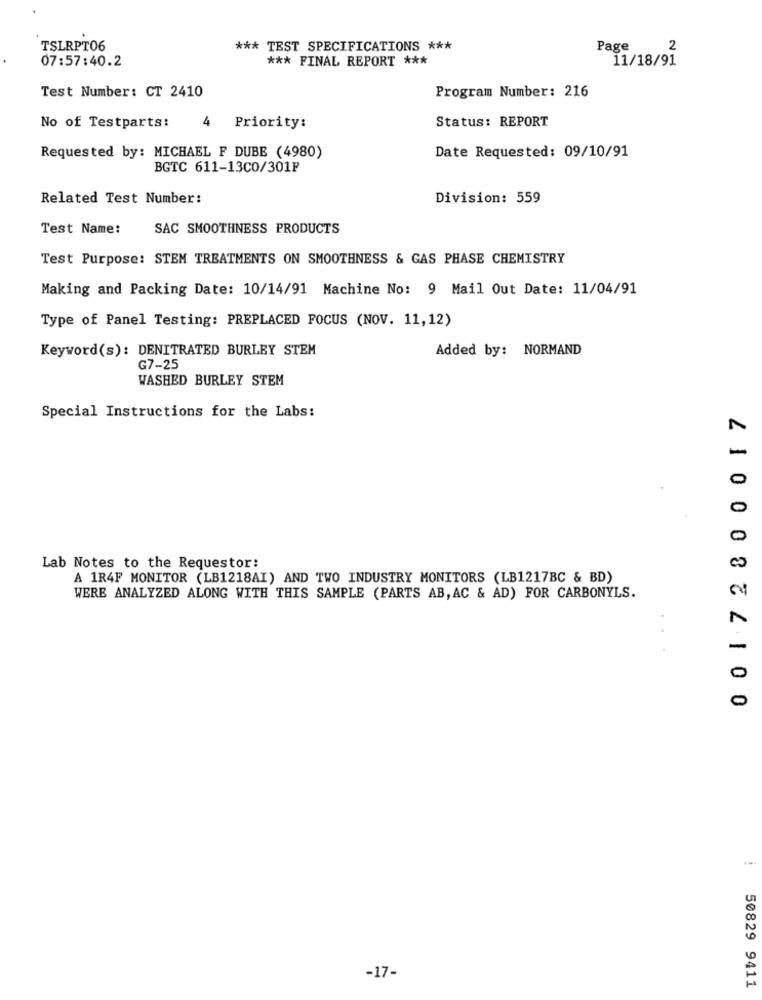
TSLRPT06
*** TEST SPECIFICATIONS ***
Page
2
07:57:40.2
*** FINAL REPORT ***
11/18/91
Test Number: CT 2410
Program Number: 216
4
Status: REPORT
No of Testparts:
Priority:
Requested by: MICHAEL F DUBE (4980)
Date Requested: 09/10/91
BGTC 611-13C0/301F
Related Test Number:
Division: 559
Test Name:
SAC SMOOTHNESS PRODUCTS
Test Purpose: STEM TREATMENTS ON SMOOTHNESS & GAS PHASE CHEMISTRY
Making and Packing Date: 10/14/91 Machine No: 9 Mail Out Date: 11/04/91
Type of Panel Testing: PREPLACED FOCUS (NOV. 11,12)
Keyword(s): DENITRATED BURLEY STEM
Added by: NORMAND
G7-25
WASHED BURLEY STEM
0 0172 800017
Special Instructions for the Labs:
7
0
Lab Notes to the Requestor:
A 1R4F MONITOR (LB1218AI) AND TWO INDUSTRY MONITORS (LB1217BC & BD)
WERE ANALYZED ALONG WITH THIS SAMPLE (PARTS AB, AC & AD) FOR CARBONYLS.
-17-
50829 9411